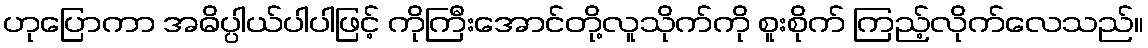
ဟုပြောကာ အဓိပ္ပါယ်ပါပါဖြင့် ကိုကြီးအောင်တို့လူသိုက်ကို စူးစိုက် ကြည့်လိုက်လေသည်။